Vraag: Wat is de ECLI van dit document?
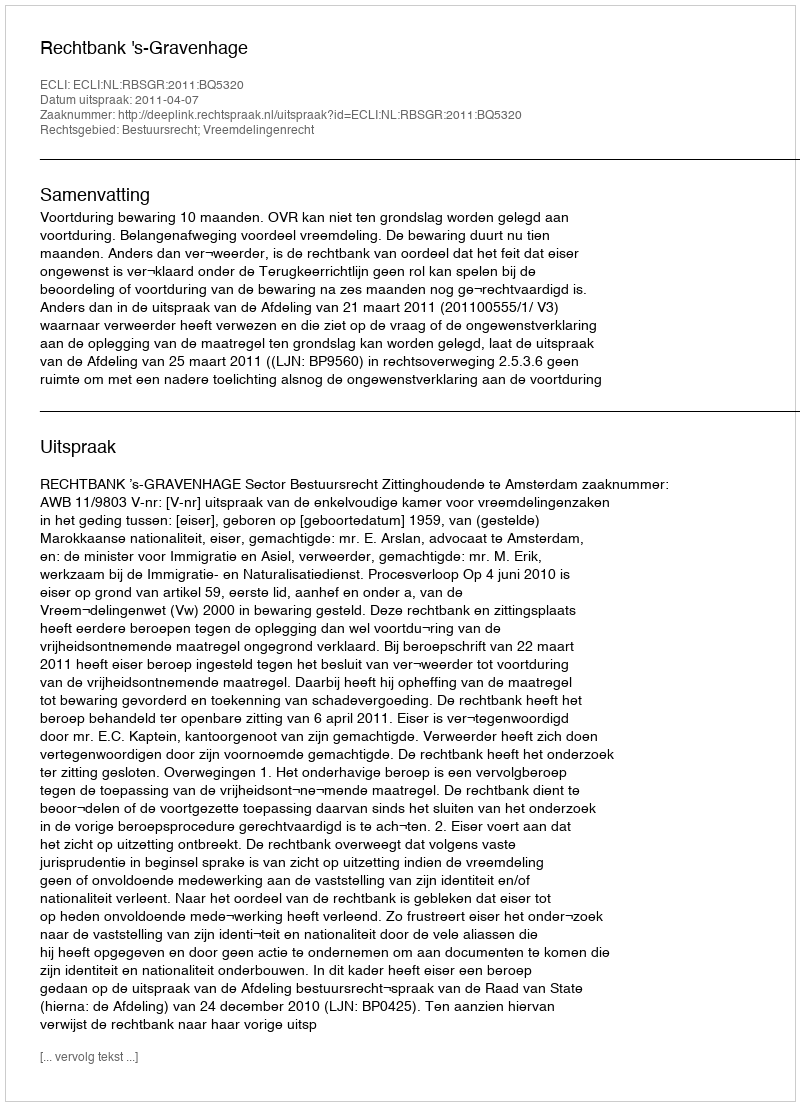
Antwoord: ECLI:NL:RBSGR:2011:BQ5320